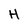
Character: H